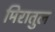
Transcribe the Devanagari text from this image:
मिरातुल